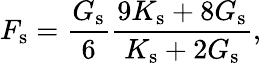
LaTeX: F_{\mathrm{s}}=\frac{G_{\mathrm{s}}}{6}\frac{9K_{\mathrm{s}}+8G_{\mathrm{s}}}{K_{\mathrm{s}}+2G_{\mathrm{s}}},